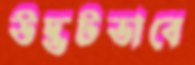
উদ্ভটভাবে